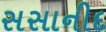
સસાનીદ